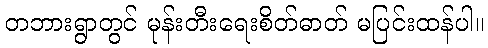
တဘားရွာတွင် မုန်းတီးရေးစိတ်ဓာတ် မပြင်းထန်ပါ။